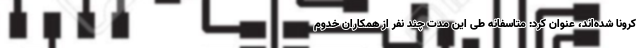
کرونا شده‌اند، عنوان کرد: متاسفانه طی این مدت چند نفر از همکاران خدوم